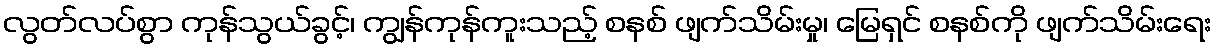
လွတ်လပ်စွာ ကုန်သွယ်ခွင့်၊ ကျွန်ကုန်ကူးသည့် စနစ် ဖျက်သိမ်းမှု၊ မြေရှင် စနစ်ကို ဖျက်သိမ်းရေး